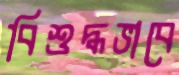
বিশুদ্ধভাবে